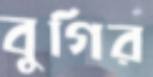
বুগির